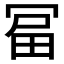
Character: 𭁻